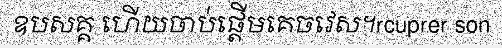
ឧបសគ្គ ហើយចាប់ផ្តើមគេចវេស។rcuprer son